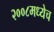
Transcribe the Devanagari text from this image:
२००८मध्येच